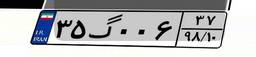
۳۵گ۰۰۶۳۷